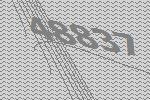
48837